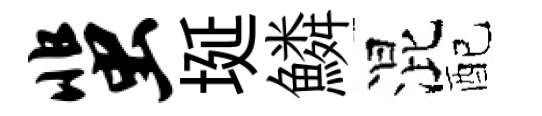
蜚埏鱗混配